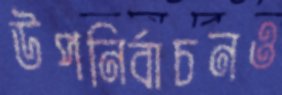
উপনির্বাচনও